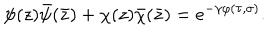
\psi ( z ) \bar { \psi } ( \bar { z } ) + \chi ( z ) \bar { \chi } ( \bar { z } ) = e ^ { - \gamma \varphi ( \tau , \sigma ) } .